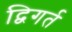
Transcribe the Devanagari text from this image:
द्विगर्त